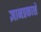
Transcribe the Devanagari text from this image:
ज्ञानप्रकाशे